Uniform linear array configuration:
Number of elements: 24
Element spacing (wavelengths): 0.25
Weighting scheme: uniform
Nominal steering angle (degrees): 60
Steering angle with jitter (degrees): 58.143
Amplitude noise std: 0.05
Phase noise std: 0.05

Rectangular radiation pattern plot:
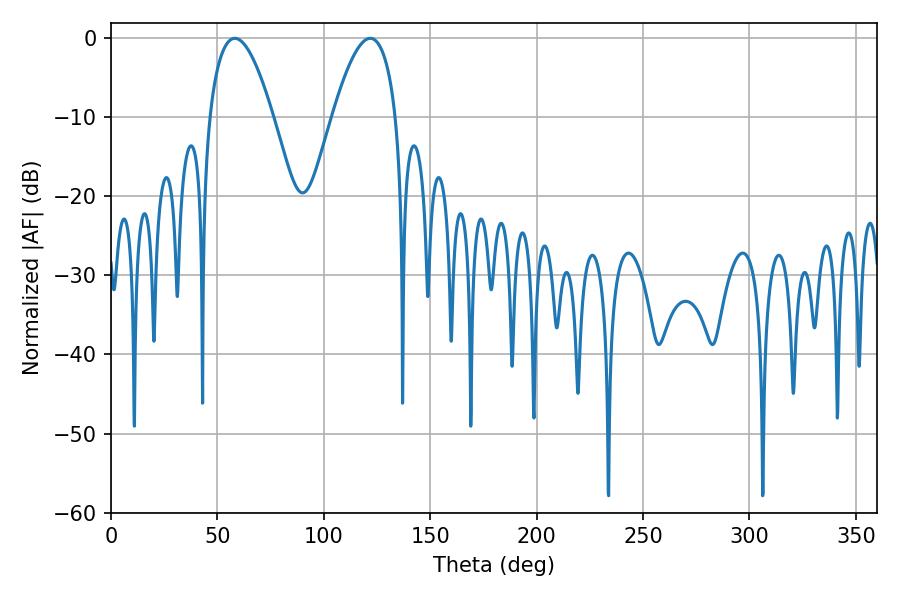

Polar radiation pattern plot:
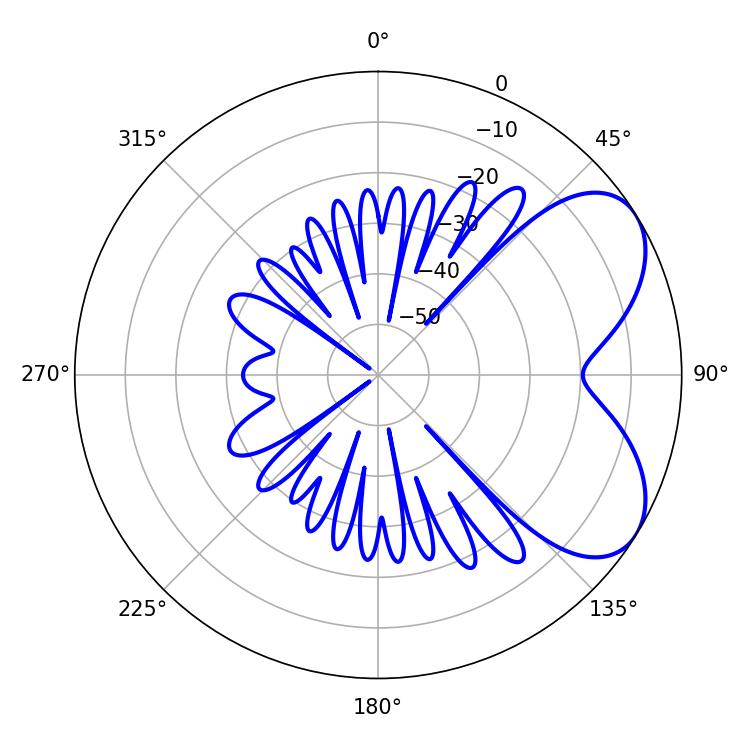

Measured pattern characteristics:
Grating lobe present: FALSE
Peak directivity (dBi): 5.713
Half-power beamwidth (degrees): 16.38
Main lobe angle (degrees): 58.14